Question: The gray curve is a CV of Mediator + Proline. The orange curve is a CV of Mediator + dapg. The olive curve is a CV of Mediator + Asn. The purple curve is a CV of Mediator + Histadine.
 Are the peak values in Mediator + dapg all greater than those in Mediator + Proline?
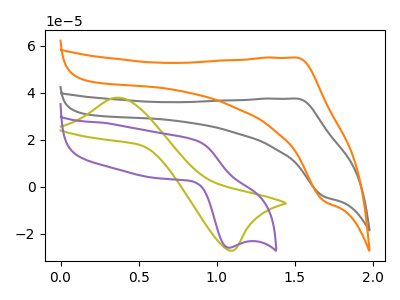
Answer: <think>The gray curve "Mediator + Proline" has an anodic peak at (1.50V, 37.50uA) and a cathodic peak at (1.70V, -4.15uA). The orange curve "Mediator + dapg" has an anodic peak at (1.50V, 54.95uA) and a cathodic peak at (1.70V, -6.05uA). The olive curve "Mediator + Asn" has an anodic peak at (0.35V, 37.90uA) and a cathodic peak at (1.10V, -27.15uA). The purple curve "Mediator + Histadine" has an anodic peak at (0.85V, 19.65uA) and a cathodic peak at (1.05V, -25.90uA).</think>
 <answer>Every peak in "Mediator + dapg" is higher than every peak in "Mediator + Proline".</answer>
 <eval>higher</eval>